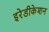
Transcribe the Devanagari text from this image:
इरेडीकेशन